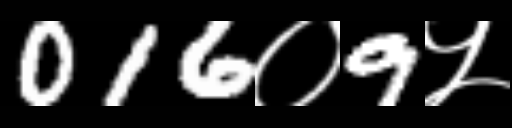
Text: 016०9५